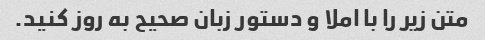
متن زیر را با املا و دستور زبان صحیح به روز کنید.